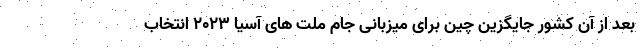
بعد از آن کشور جایگزین چین برای میزبانی جام ملت های آسیا ۲۰۲۳ انتخاب